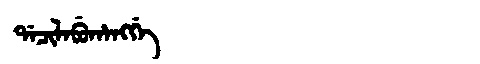
Manchu: ᡩᠠᠴᡳᠯᠠᠪᡠᡥᠠᠩᡤᡝ
Romanization: DACILABUHANGGE